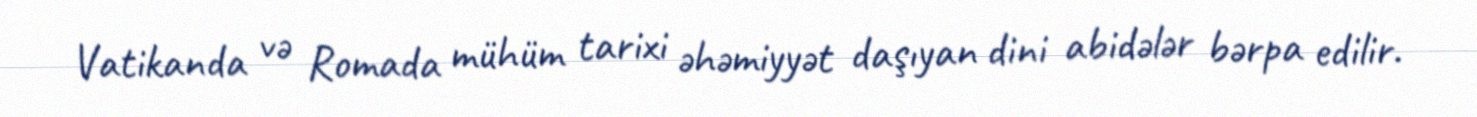
Vatikanda və Romada mühüm tarixi əhəmiyyət daşıyan dini abidələr bərpa edilir.